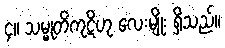
၄။ သမ္မုတိကုဋိဟု လေးမျိုး ရှိသည်။